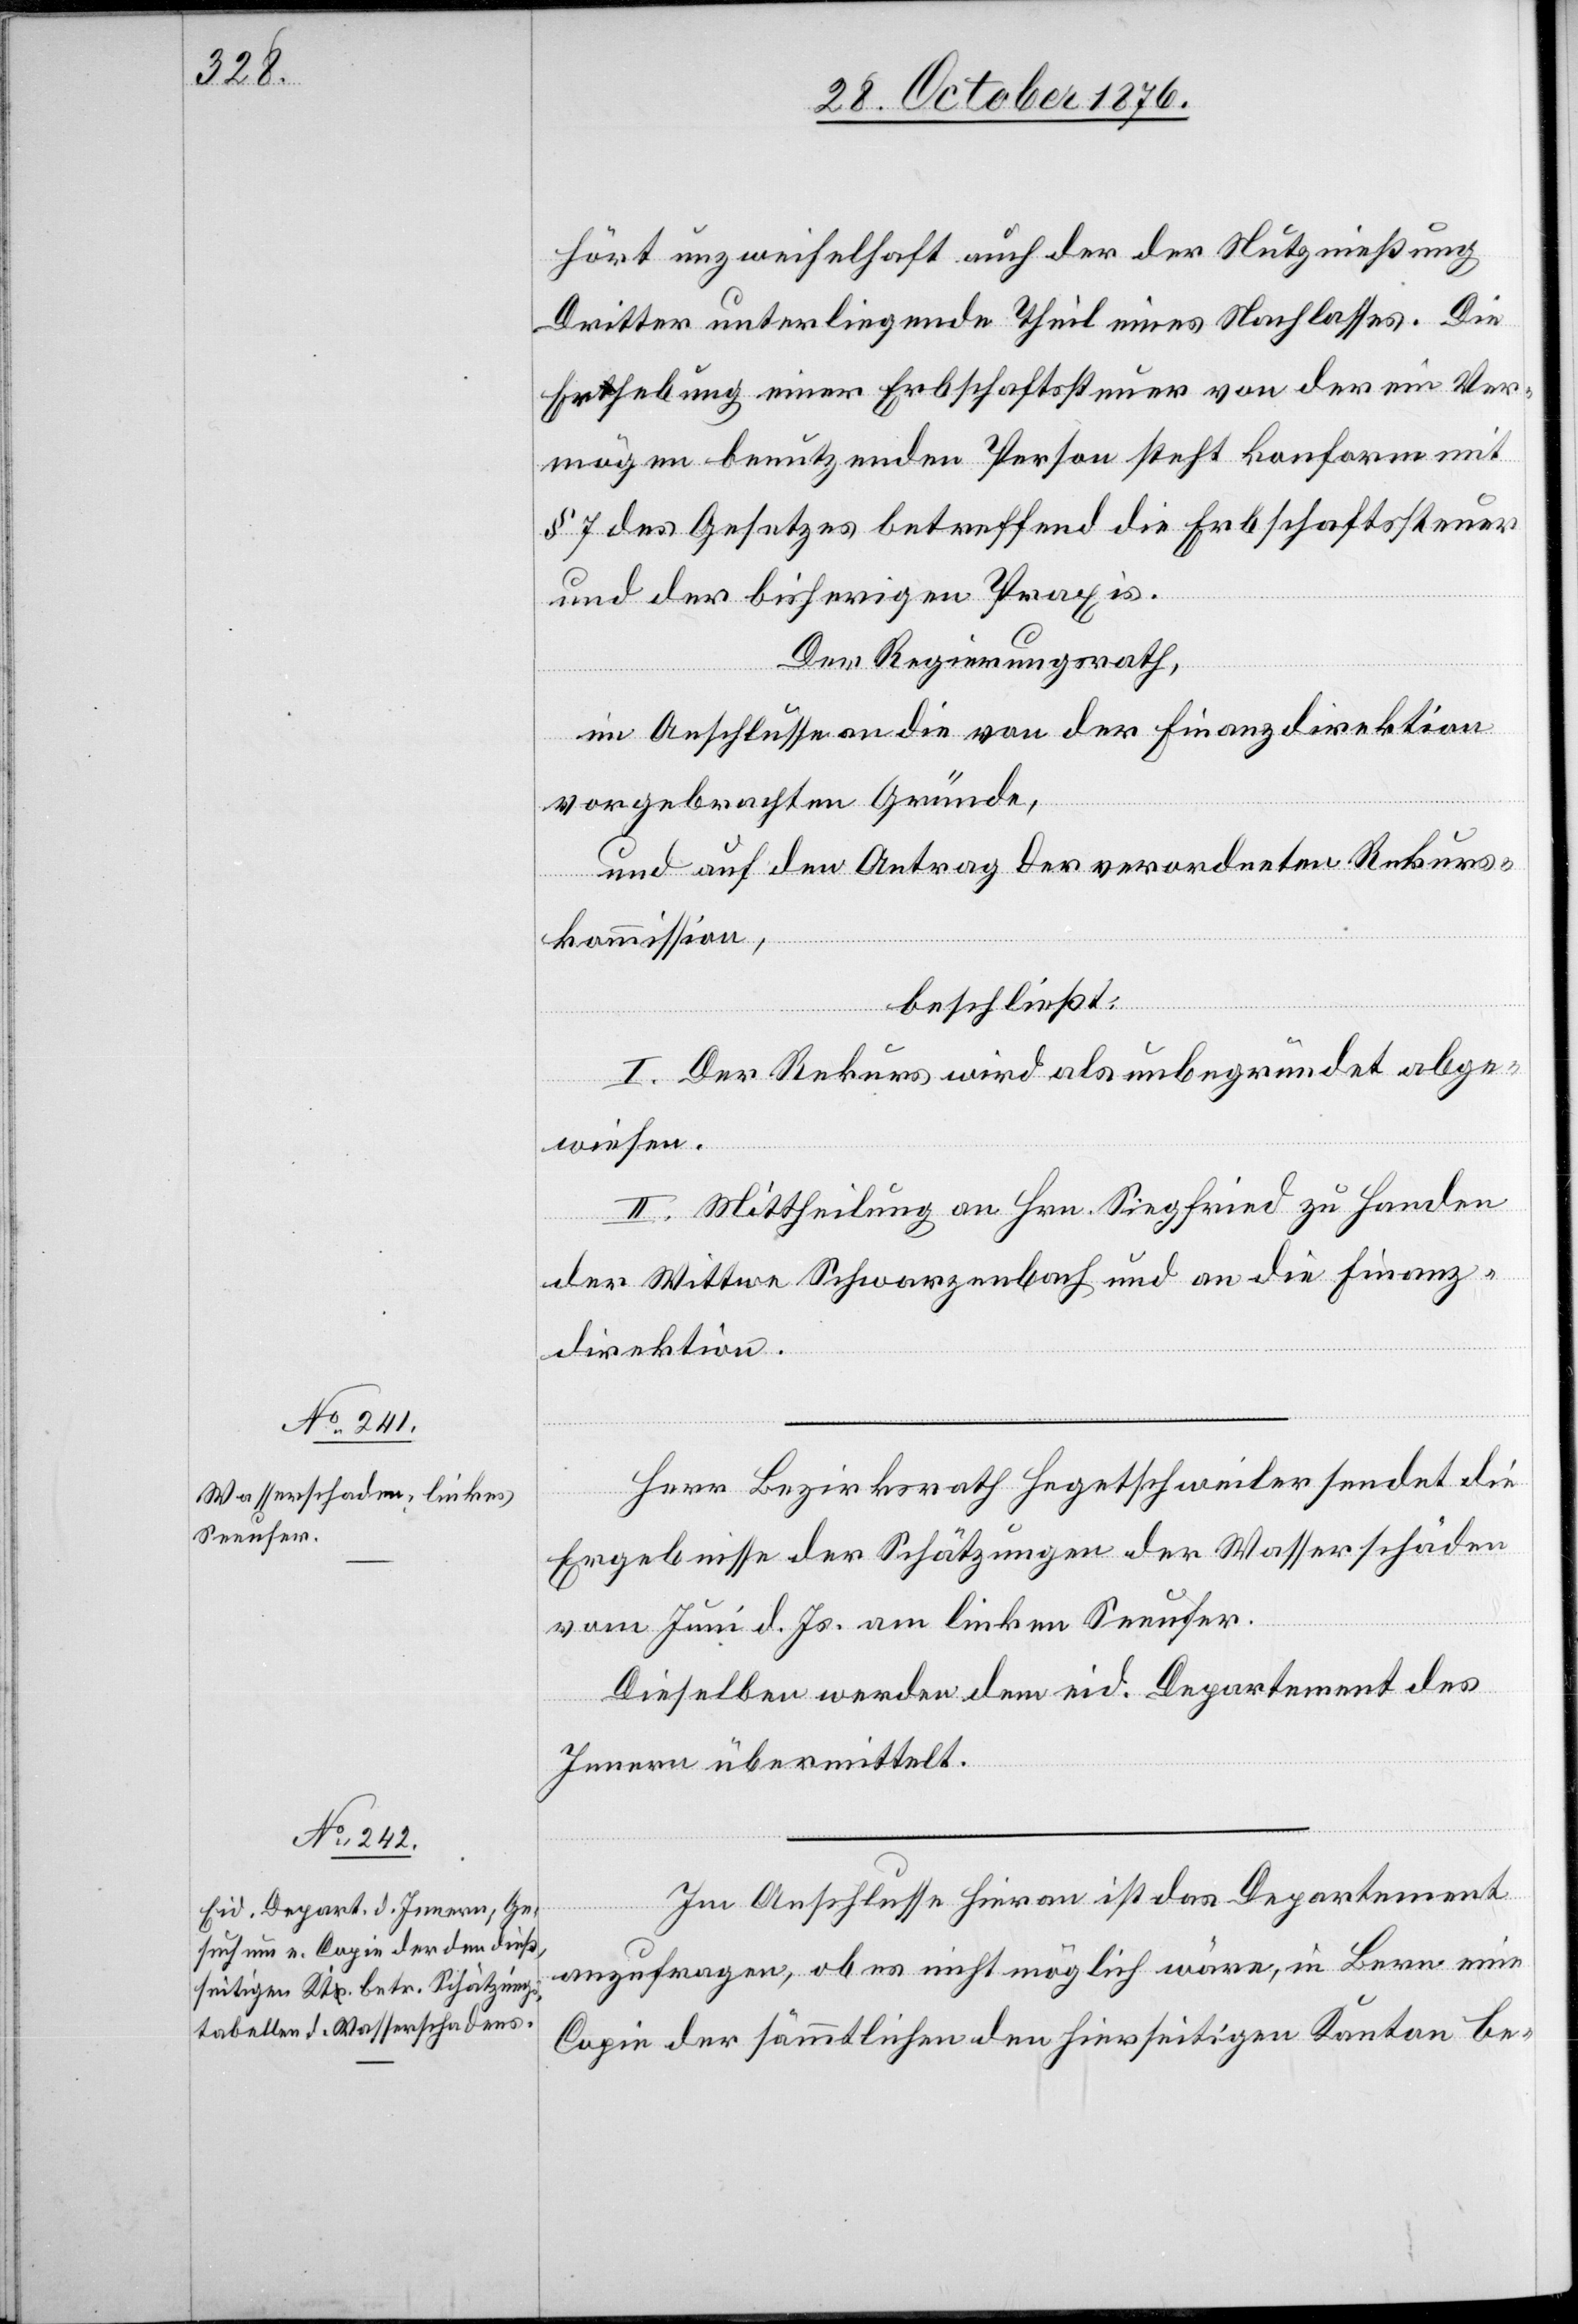
hört unzweifelhaft auch der der Nutznießung
Dritter unterliegende Theil eines Nachlasses. Die
Erhebung einer Erbschaftssteuer von der ein Ver¬
mögen benutzenden Person steht konform mit
§ 7 des Gesetzes betreffend die Erbschaftssteuer
und der bisherigen Praxis.
Der Regierungsrath,
im Anschlusse an die von der Finanzdirektion
vorgebrachten Gründe,
und auf den Antrag der verordneten Rekurs¬
kommission,
beschließt:
I. Der Rekurs wird als unbegründet abge¬
wiesen.
II. Mittheilung an Hrn. Siegfried zu Handen
der Wittwe Schwarzenbach und an die Finanz¬
direktion.
Herr Bezirksrath Hegetschweiler sendet die
Ergebnisse der Schätzungen der Wasserschäden
vom Juni d. Js. am linken Seeufer.
Dieselben werden dem eid. Departement des
Innern übermittelt.
Im Anschlusse hieran ist das Departement
anzufragen, ob es nicht möglich wäre, in Bern eine
Copie der sämmtlichen den hierseitigen Kanton be-